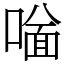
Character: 𠼟